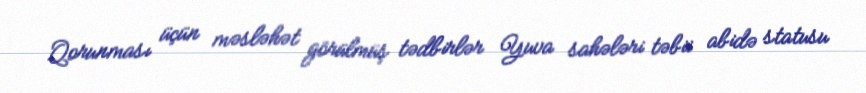
Qorunması üçün məsləhət görülmüş tədbirlər Yuva sahələri təbii abidə statusu